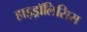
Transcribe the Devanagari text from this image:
हाइड्रॉलिसिस